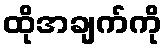
ထိုအချက်ကို